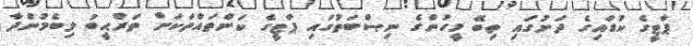
ޕާޓީގެ ކުޑައިގެ ދަށުގައި ތިބޭ މީހުންގެ ނިޞްބަތުގައި ޕާޓީގެ ކަންތައްތަކަށް ތަރްޙީބު ލިބެމުންދާ